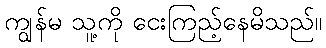
ကျွန်မ သူ့ကို ငေးကြည့်နေမိသည်။